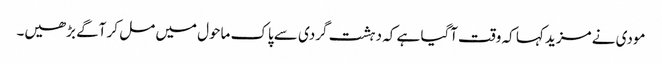
مودی نے مزید کہا کہ وقت آگیا ہے کہ دہشت گردی سے پاک ماحول میں مل کر آگے بڑھیں۔